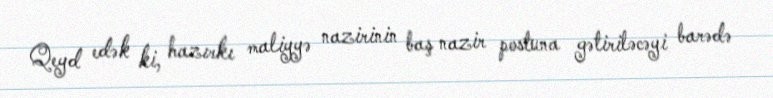
Qeyd edək ki, hazırkı maliyyə nazirinin baş nazir postuna gətiriləcəyi barədə